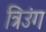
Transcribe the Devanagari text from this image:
त्रिउंग